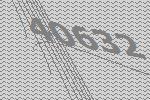
40632